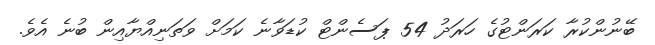
ބޭނުންކުރާ ކަރަންޓުގެ ހަރަދު 54 ޕަސެންޓް ކުޑަވާނެ ކަމަށް ވަތަނިއްޔާއިން ބުނެ އެވެ.